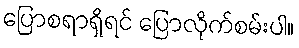
ပြောစရာရှိရင် ပြောလိုက်စမ်းပါ။